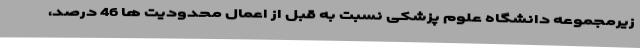
زیرمجموعه دانشگاه علوم پزشکی نسبت به قبل از اعمال محدودیت ها 46 درصد،